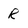
Character: r